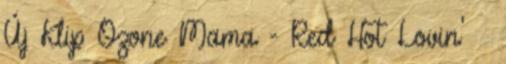
Új Klip Ozone Mama - Red Hot Lovin'